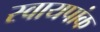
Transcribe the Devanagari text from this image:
स्वायपांक